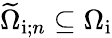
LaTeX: \widetilde{\Omega}_{\mathrm{i};n}\subseteq\Omega_{\mathrm{i}}